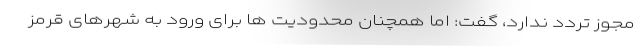
مجوز تردد ندارد، گفت: اما همچنان محدودیت ها برای ورود به شهرهای قرمز